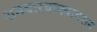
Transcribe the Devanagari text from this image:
शनवारवाड्यावरून